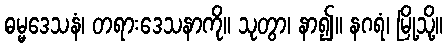
ဓမ္မဒေသနံ၊ တရားဒေသနာကို။ သုတွာ၊ နာ၍။ နဂရံ၊ မြို့သို့။